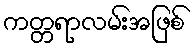
ကတ္တရာလမ်းအဖြစ်